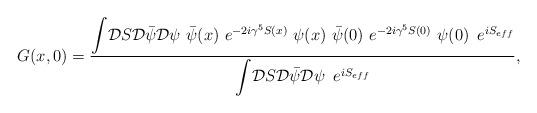
LaTeX: \begin{align*}G(x,0) = \frac{{\displaystyle \int} {\cal D} S {\cal D}{\bar \psi} {\cal D} \psi ~{\bar \psi}(x)~e^{-2i\gamma^5 S(x)} ~ \psi (x)~{\bar \psi}(0)~{\displaystyle e}^{-2i\gamma^5 S(0)}~ \psi (0) \,\,\, e^{ iS_{eff}}}{{\displaystyle \int} {\cal D} S {\cal D} {\bar \psi}{\cal D} \psi \,\,\, {\displaystyle e}^{iS_{eff}}}, \end{align*}